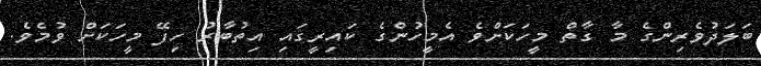
ބަލަދުވެރިންގެ މާ ގާތް މީހަކަށްވެ އެމީހުންގެ ކައިރީގައި އިތުބާރު ހިފޭ މީހަކަށް ވުމެވެ.